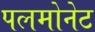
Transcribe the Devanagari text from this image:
पलमोनेट